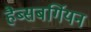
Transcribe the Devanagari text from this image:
हैब्सबर्गियन